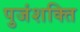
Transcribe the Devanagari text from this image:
पुजंशक्ति